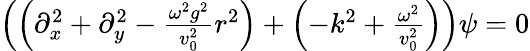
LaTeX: \begin{array}{r}{\left(\left(\partial_{x}^{2}+\partial_{y}^{2}-\frac{\omega^{2}g^{2}}{v_{0}^{2}}r^{2}\right)+\left(-k^{2}+\frac{\omega^{2}}{v_{0}^{2}}\right)\right)\psi=0}\end{array}